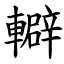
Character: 䡶